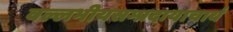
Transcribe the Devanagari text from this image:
वल्लभीयसम्प्रदायाचार्य